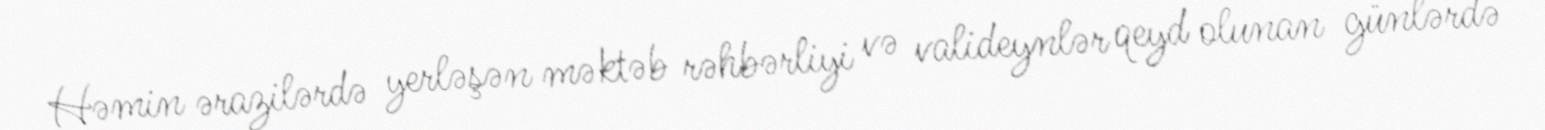
Həmin ərazilərdə yerləşən məktəb rəhbərliyi və valideynlər qeyd olunan günlərdə